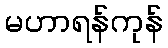
မဟာရန်ကုန်